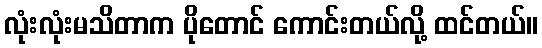
လုံးလုံးမသိတာက ပိုတောင် ကောင်းတယ်လို့ ထင်တယ်။